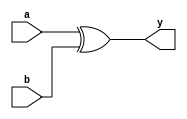
//???_E94084016
// implement 4-bit xor
module four_bit_XOR (y, a, b);

  input [3:0] a;
  input [3:0] b;
  output [3:0] y;

  assign y = a ^ b;
    
endmodule